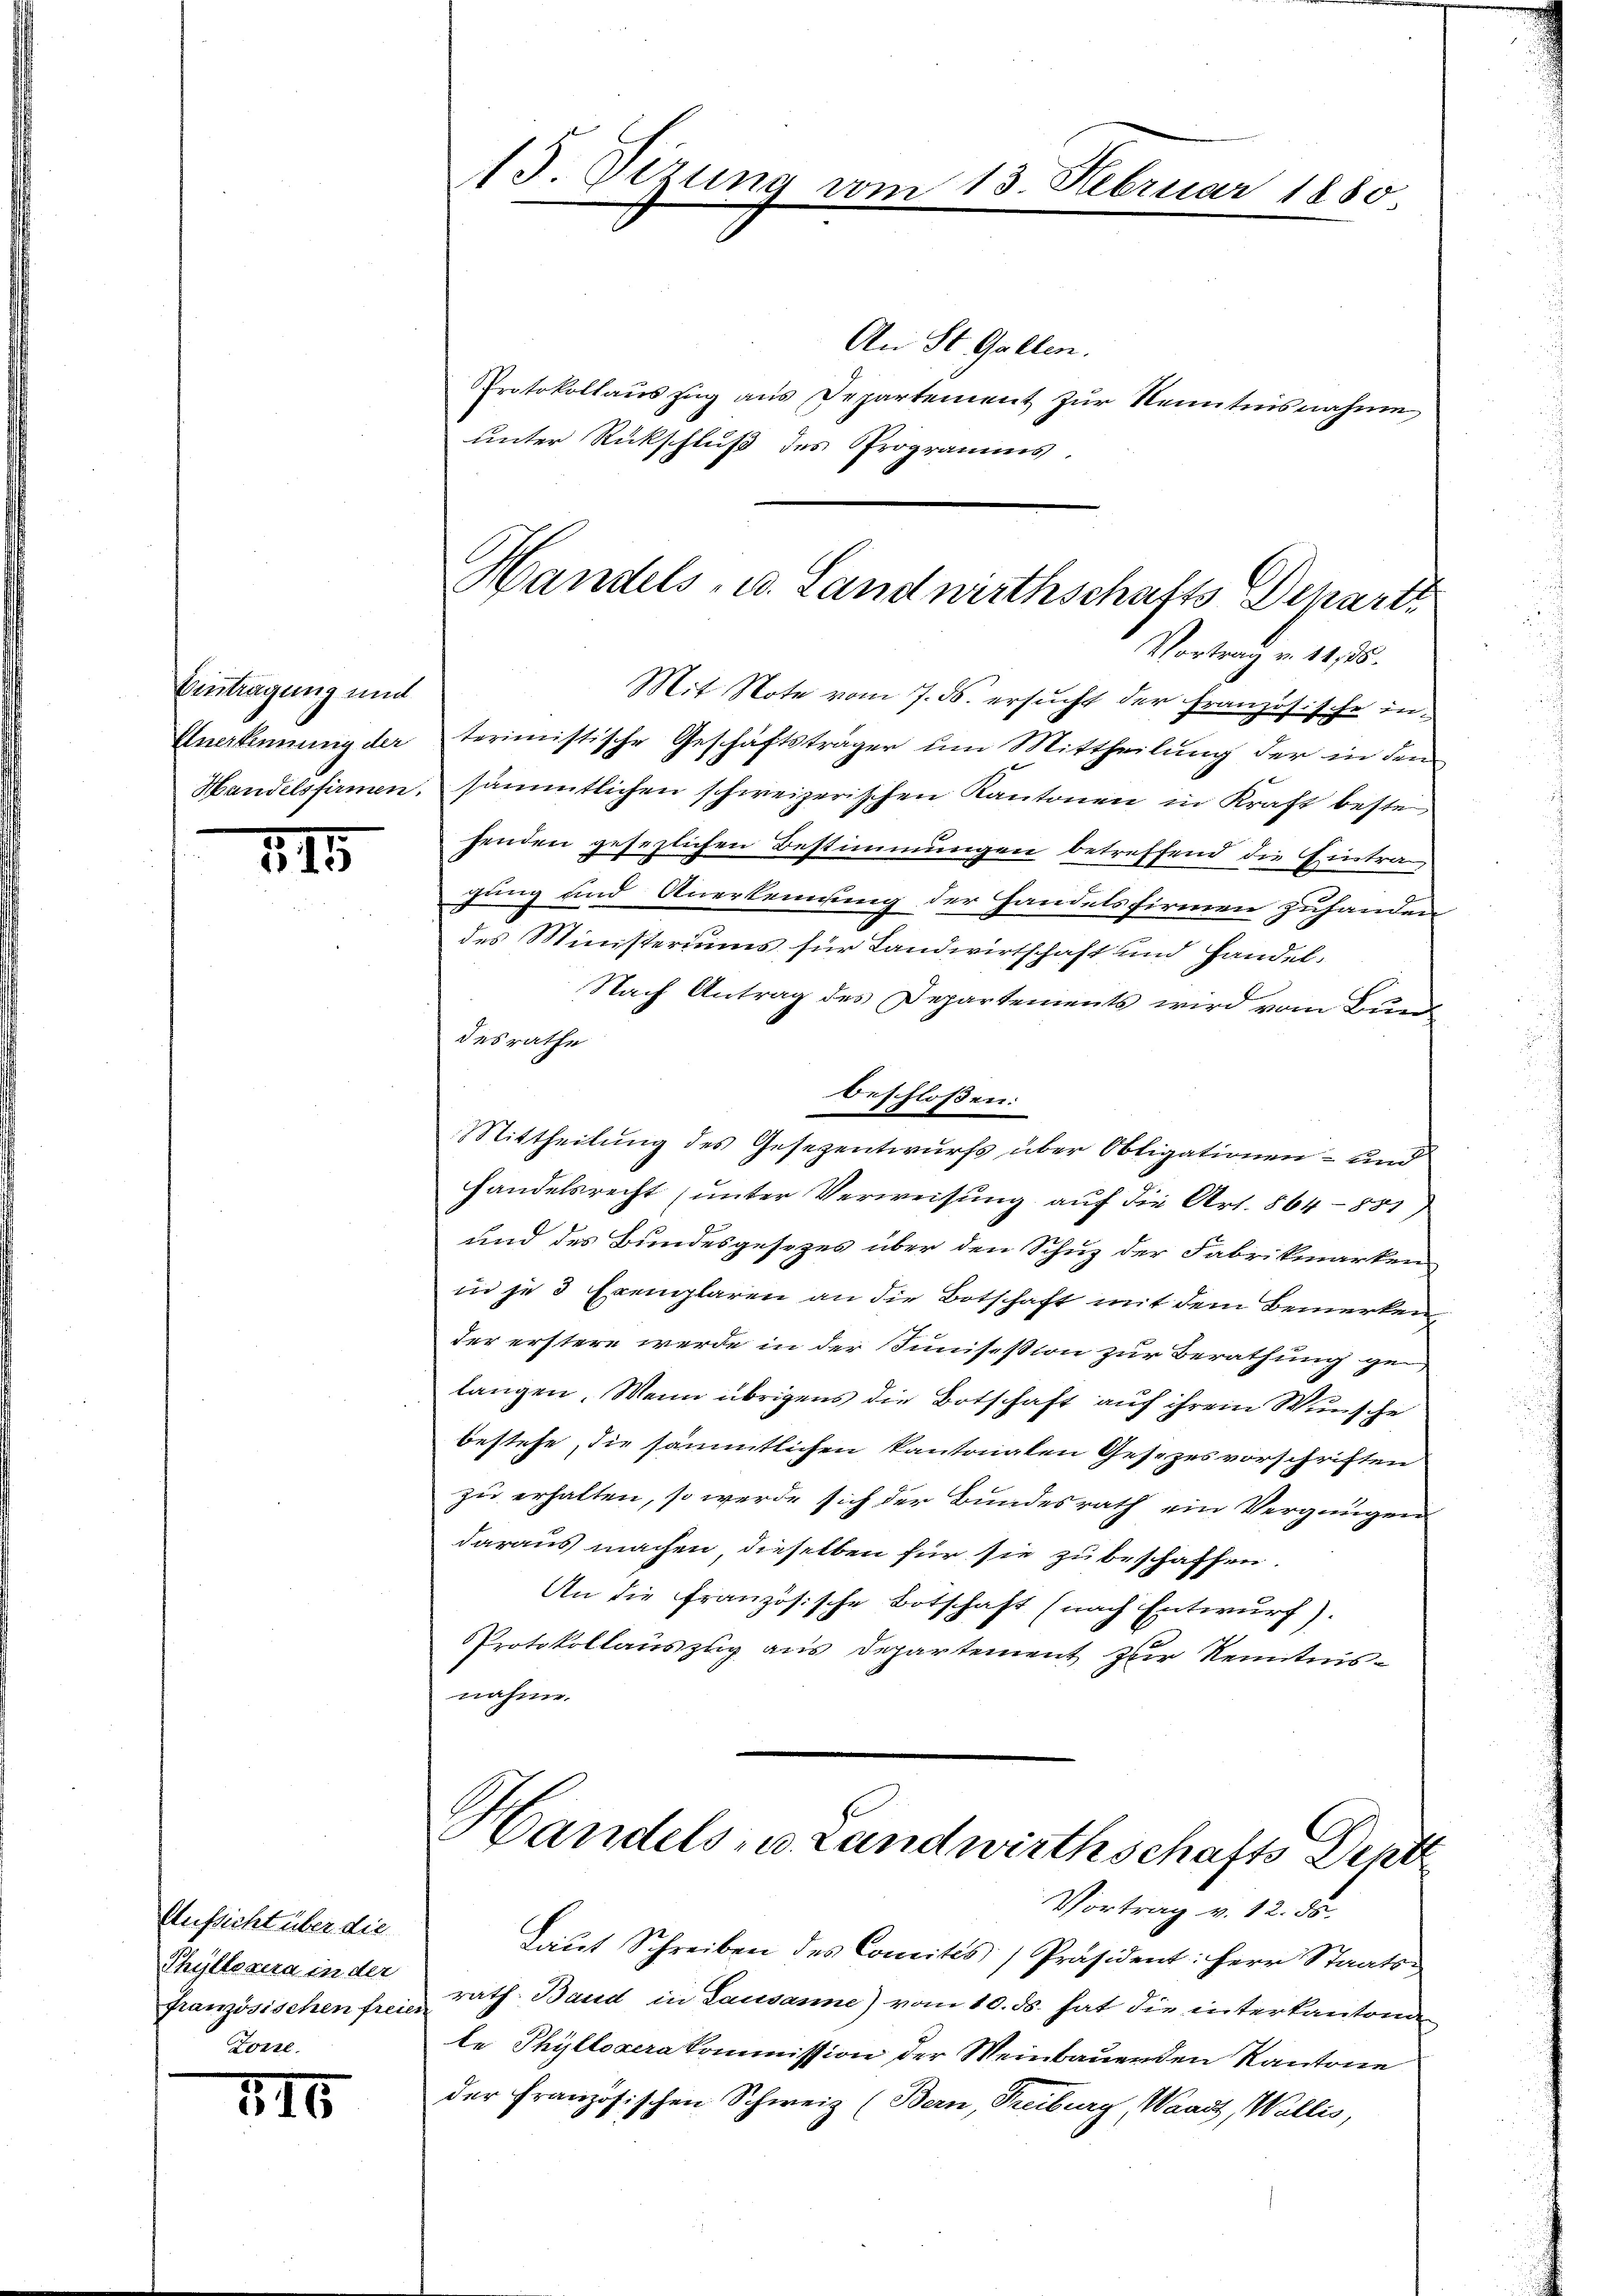
Eintragung und
Anerkennung der
Handelsfirmen.

215

Aufsicht über die
Thyllosera in der
französischen freien
Conne.

76

15 Vizung vom 13. Februar 1880

An St. Gallen.
Protokollauszug aus Departement zur Kenntnisnahme
unter Rückschluß des Programms.

Mit Note vom 7. ds. ersucht der französische interimistische Geschäftsträger um Mittheilung der in den
sämmtlichen schweizerischen Kantonen in Kraft beste
fenden gesezlichen Bestimmungen betreffend die Eintra
gung und Anerkennung der Handelsfirmen zuhanden
des Ministeriums für Landwirtschaft und Handel.
Nach Antrag des Departements wird vom Bund
desrathe
beschlossen:
Nittheilung des Gesezentwurfs über Obligationen- und
handelsrecht (unter Verweisung auf die Art. 864- 851
und des Bundesgesetzes über den Schuz der Fabrikmarken
in je 3 Exemplaren an die Botschaft mit dem Bemerken
der erstern werde in der Junisesion zur Berathung gelangen. Wenn übrigens die Botschaft auf ihrem Wunsche
bestehe, die sämmtlichen kantonalen Gesetzesvorschriften
zu erhalten, so werde sich der Bundesrath ein Vergnügen
daraus machen dieselben für sie zu beschaffen.
An die französische Botschaft (nach Entwurf).
PProtokollauszug aus Departement zur Kenntnisnahme.

Laut Schreiben des Comites Präsident: Herr Staats-
rath. Band in Lausanne) vom 10. ds. hat die interkantona
le Phyllosera kommission der Weinbauenden Kantone
der Französischen Schweiz (Bern, Treiburg, Waadt, Wallis,

Handels- u. Landwirthschafts Departi
Vortrag v. 24. 75.

Handels, u. Landwirthschafts Depa
Vortrag v. 12. ds.